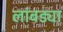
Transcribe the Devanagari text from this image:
लांबड्या